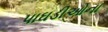
પાઘડીઓના